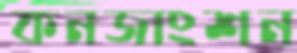
কনজাংশন